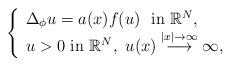
LaTeX: \begin{align*} \left\{\begin{array}{l} \Delta_\phi u=a(x)f(u)\ \ \mbox{in}\ \mathbb{R}^N,\\u>0\ \mbox{in}~\mathbb{R}^N,\ u(x)\stackrel{\left|x\right|\rightarrow \infty}{\longrightarrow} \infty,\end{array}\right.\end{align*}